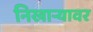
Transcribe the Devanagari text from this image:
निखाऱ्यावर